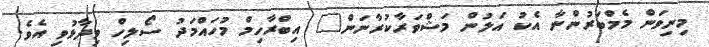
މިނިވަން މެމްބަރުންނާ އެކު އަލުން މަޝްވަރާކުރާނަން" އިބްރާހިމް މުހައްމަދު ސޯލިހް ވިދާޅުވި އެވެ.